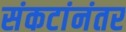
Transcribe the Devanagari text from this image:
संकटांनंतर